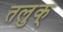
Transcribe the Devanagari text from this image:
तलुक्